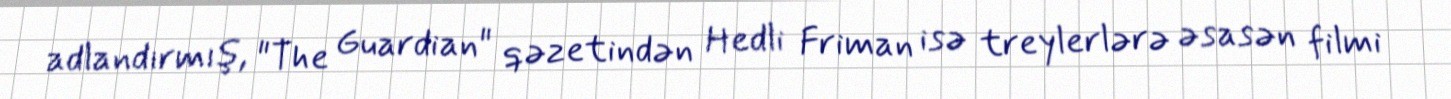
adlandırmış, "The Guardian" qəzetindən Hedli Friman isə treylerlərə əsasən filmi